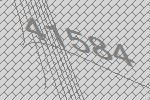
41584